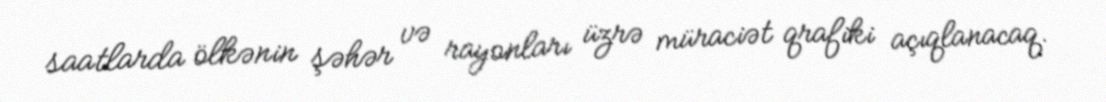
saatlarda ölkənin şəhər və rayonları üzrə müraciət qrafiki açıqlanacaq.